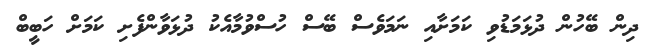
ދިން ބޭހުން ދުޅަމަޑުވި ކަމަށާއި ނަމަވެސް ބޭސް ހުސްވުމާއެކު ދުޅަވާންފެށި ކަމަށް ހަބީބް